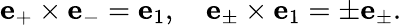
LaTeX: {\mathbf e}_{+}\times{\mathbf e}_{-}={\mathbf e}_{1},\quad{\mathbf e}_{\pm}\times{\mathbf e}_{1}=\pm{\mathbf e}_{\pm}.